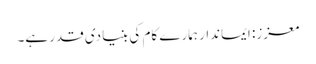
معزز: ایماندار ہمارے کام کی بنیادی قدر ہے۔